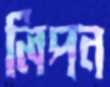
লিপন